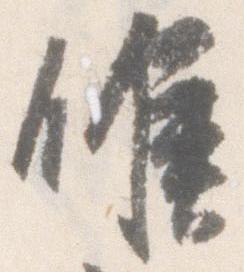
候